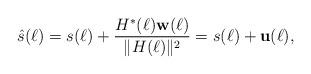
LaTeX: \begin{align*}\hat{s}(\ell)=s(\ell)+\frac{H^{*}(\ell)\mathbf{w}(\ell)}{\|H(\ell)\|^{2}}=s(\ell)+\mathbf{u}(\ell),\end{align*}